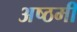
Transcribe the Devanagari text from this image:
अष्ठमी